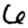
Digit: 6